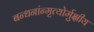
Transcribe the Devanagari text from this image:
बन्धनांन्मृत्योर्मुक्षीय